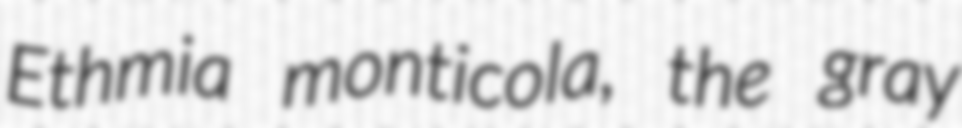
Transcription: Ethmia monticola, the gray